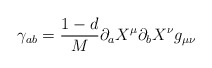
\begin{align*}\gamma_{ab} = \frac {1-d}{M}\partial_{a} X^{\mu}\partial_{b} X^{\nu} g_{\mu \nu}\end{align*}